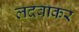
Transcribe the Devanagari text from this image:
लदवाकर